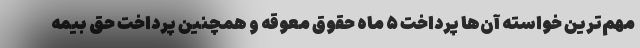
مهم‌ترین خواسته آن‌ها پرداخت ۵ ماه حقوق معوقه و همچنین پرداخت حق بیمه